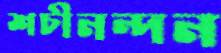
শচীনন্দন